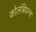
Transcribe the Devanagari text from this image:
कोलंबियन्स